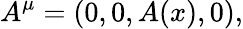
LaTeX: A^{\mu}=(0,0,A(x),0),